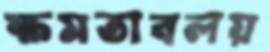
ক্ষমতাবলয়